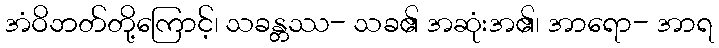
အံဝိဘတ်တို့ကြောင့်၊ သခန္တဿ- သခ၏ အဆုံးအ၏၊ အာရော- အာရ